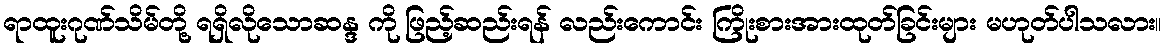
ရာထူးဂုဏ်သိမ်တို့ ရရှိလိုသောဆန္ဒ ကို ဖြည့်ဆည်းရန် လည်းကောင်း ကြိုးစားအားထုတ်ခြင်းများ မဟုတ်ပါသလား။